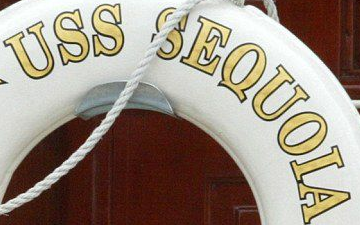
USS SEQUOIA